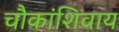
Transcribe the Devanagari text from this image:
चौकांशिवाय